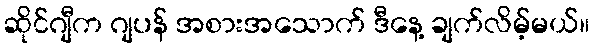
ဆိုင်ဂျီက ဂျပန် အစားအသောက် ဒီနေ့ ချက်လိမ့်မယ်။